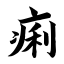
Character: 痢